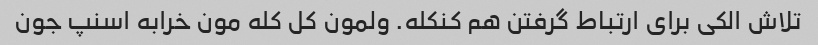
تلاش الکی برای ارتباط گرفتن هم کنکله. ولمون کل کله مون خرابه اسنپ جون